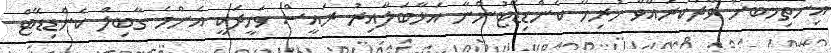
އިންތިހާބަށް ވާދަކުރައްވާ ހުރިހާ ކެންޑިޑޭޓުންނާ އަޅާބަލާއިރު ރައީސް ވަހީދަކީ އެންމެ ގާބިލް ކެންޑިޑޭޓް